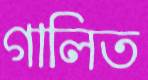
গালিত